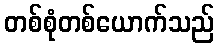
တစ်စုံတစ်ယောက်သည်